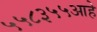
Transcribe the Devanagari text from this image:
५५८३५५आहे